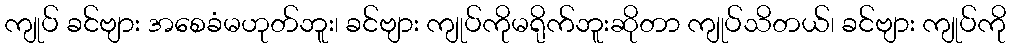
ကျုပ် ခင်ဗျား အစေခံမဟုတ်ဘူး၊ ခင်ဗျား ကျုပ်ကိုမရိုက်ဘူးဆိုတာ ကျုပ်သိတယ်၊ ခင်ဗျား ကျုပ်ကို